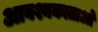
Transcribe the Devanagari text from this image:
आवश्यकाताओं